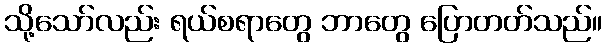
သို့သော်လည်း ရယ်စရာတွေ ဘာတွေ ပြောတတ်သည်။